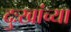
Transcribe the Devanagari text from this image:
दुःखांच्या